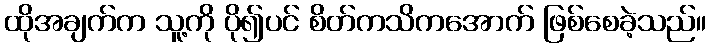
ထိုအချက်က သူ့ကို ပို၍ပင် စိတ်ကသိကအောက် ဖြစ်စေခဲ့သည်။